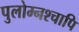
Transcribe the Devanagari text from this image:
पुलोम्नश्चापि